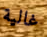
غالية